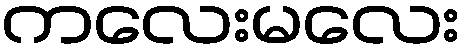
ကလေးမလေး